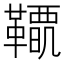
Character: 𩍋